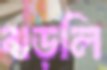
বাড়লি